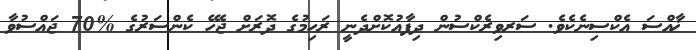
ޚާއްސަ އެކްސިނެކެވެ. ސަރވިރެކްސުން ދިފާއުކޮށްދެނީ ރަހިމުގެ ދޮރަށް ޖެހޭ ކެންސަރުގެ %70 ޖައްސުވާ